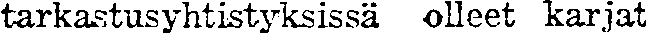
tarkastusyhtistyksissä olleet karjat